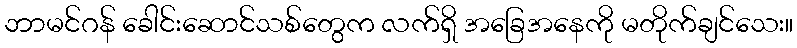
ဘာမင်ဂန် ခေါင်းဆောင်သစ်တွေက လက်ရှိ အခြေအနေကို မတိုက်ချင်သေး။